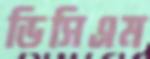
ডিসিএম